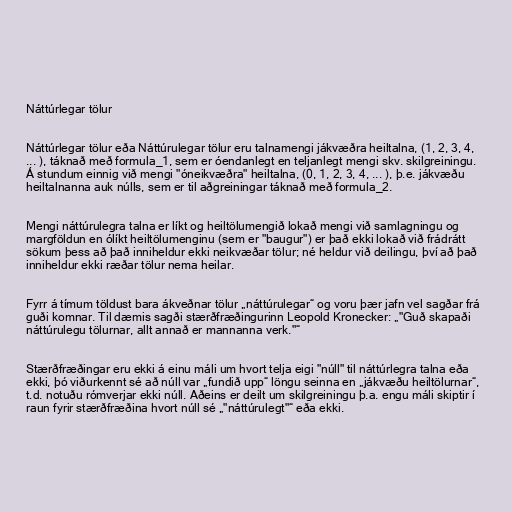
Náttúrlegar tölur

Náttúrlegar tölur eða Náttúrulegar tölur eru talnamengi jákvæðra heiltalna, (1, 2, 3, 4,
... ), táknað með formula_1, sem er óendanlegt en teljanlegt mengi skv. skilgreiningu.
Á stundum einnig við mengi "óneikvæðra" heiltalna, (0, 1, 2, 3, 4, ... ), þ.e. jákvæðu
heiltalnanna auk núlls, sem er til aðgreiningar táknað með formula_2.

Mengi náttúrulegra talna er líkt og heiltölumengið lokað mengi við samlagningu og
margföldun en ólíkt heiltölumenginu (sem er "baugur") er það ekki lokað við frádrátt
sökum þess að það inniheldur ekki neikvæðar tölur; né heldur við deilingu, því að það
inniheldur ekki ræðar tölur nema heilar.

Fyrr á tímum töldust bara ákveðnar tölur „náttúrulegar“ og voru þær jafn vel sagðar frá
guði komnar. Til dæmis sagði stærðfræðingurinn Leopold Kronecker: „"Guð skapaði
náttúrulegu tölurnar, allt annað er mannanna verk."“

Stærðfræðingar eru ekki á einu máli um hvort telja eigi "núll" til náttúrlegra talna eða
ekki, þó viðurkennt sé að núll var „fundið upp“ löngu seinna en „jákvæðu heiltölurnar“,
t.d. notuðu rómverjar ekki núll. Aðeins er deilt um skilgreiningu þ.a. engu máli skiptir í
raun fyrir stærðfræðina hvort núll sé „"náttúrulegt"“ eða ekki.